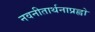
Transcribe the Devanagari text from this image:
नवनीतार्थनाप्रह्वो